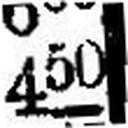
450